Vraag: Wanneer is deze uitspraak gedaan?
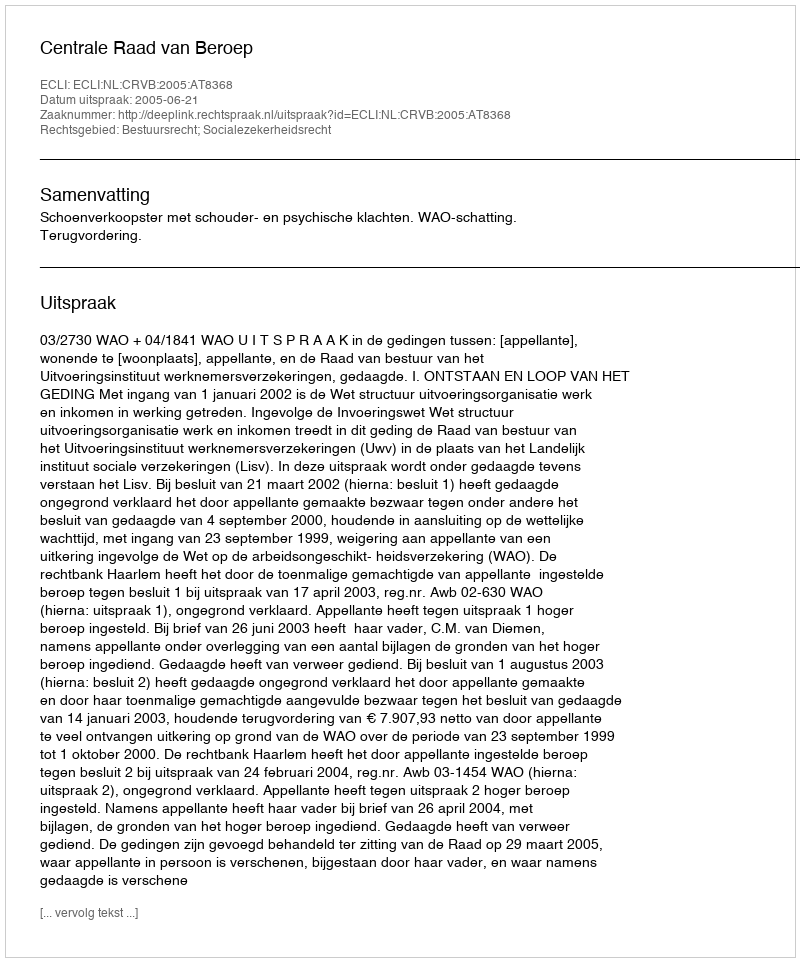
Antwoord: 2005-06-21